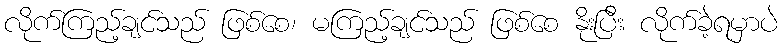
လိုက်ကြည့်ချင်သည် ဖြစ်စေ၊ မကြည့်ချင်သည် ဖြစ်စေ နိုးပြီး လိုက်ခဲ့ရမှာပဲ